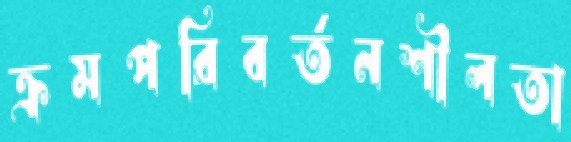
ক্রমপরিবর্তনশীলতা